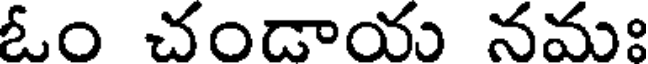
ఓం చండాయ నమః